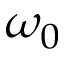
\omega _ { 0 }